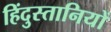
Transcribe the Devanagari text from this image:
हिंदुस्तानियों